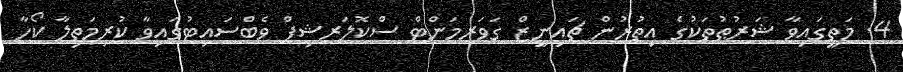
4. މަތީގައިވާ ޝަރުޠުތަކުގެ އިތުރުން ޗައިނީޒް ގަވަރމަންޓް ސްކޮލަރޝިޕް ވެބްސައިޓުގައިވާ ކުރިމަތިލާ ކޯހާ